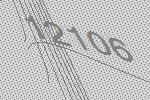
12106